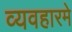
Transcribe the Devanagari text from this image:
व्यवहारमे